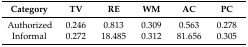
| Category | TV | RE | WM | AC | PC |
 | --- | --- | --- | --- | --- | --- |
 | Authorized | 0.246 | 0.813 | 0.309 | 0.563 | 0.278 |
 | Informal | 0.272 | 18.485 | 0.312 | 81.656 | 0.305 |